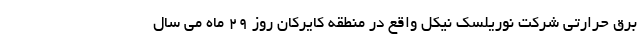
برق حرارتی شرکت نوریلسک نیکل واقع در منطقه کایرکان روز ۲۹ ماه می سال